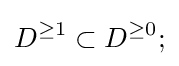
D^{\geq 1}\subset D^{\geq 0};